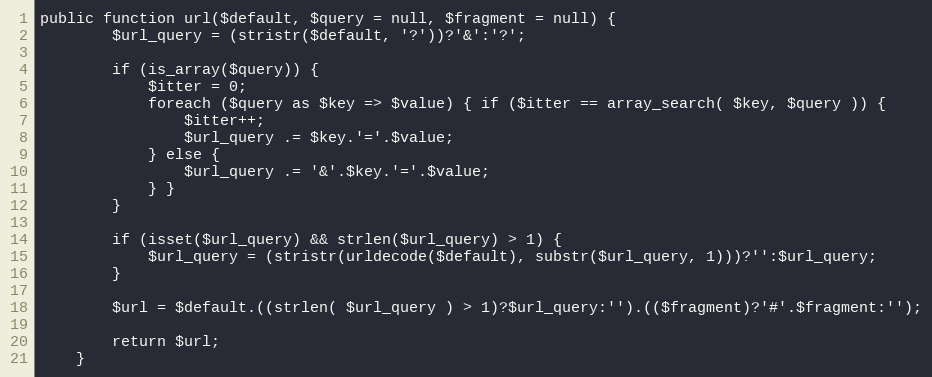
Language: PHP
public function url($default, $query = null, $fragment = null) {
		$url_query = (stristr($default, '?'))?'&':'?';

		if (is_array($query)) {
			$itter = 0;
			foreach ($query as $key => $value) { if ($itter == array_search( $key, $query )) {
				$itter++;
				$url_query .= $key.'='.$value;
			} else {
				$url_query .= '&'.$key.'='.$value;
			} }
		}

		if (isset($url_query) && strlen($url_query) > 1) {
			$url_query = (stristr(urldecode($default), substr($url_query, 1)))?'':$url_query;
		}

		$url = $default.((strlen( $url_query ) > 1)?$url_query:'').(($fragment)?'#'.$fragment:'');

		return $url;
	}